Report on the Calcutta epizootic or cattle disease of 1864 in Calcutta and its neighbourhood
Year: 1864
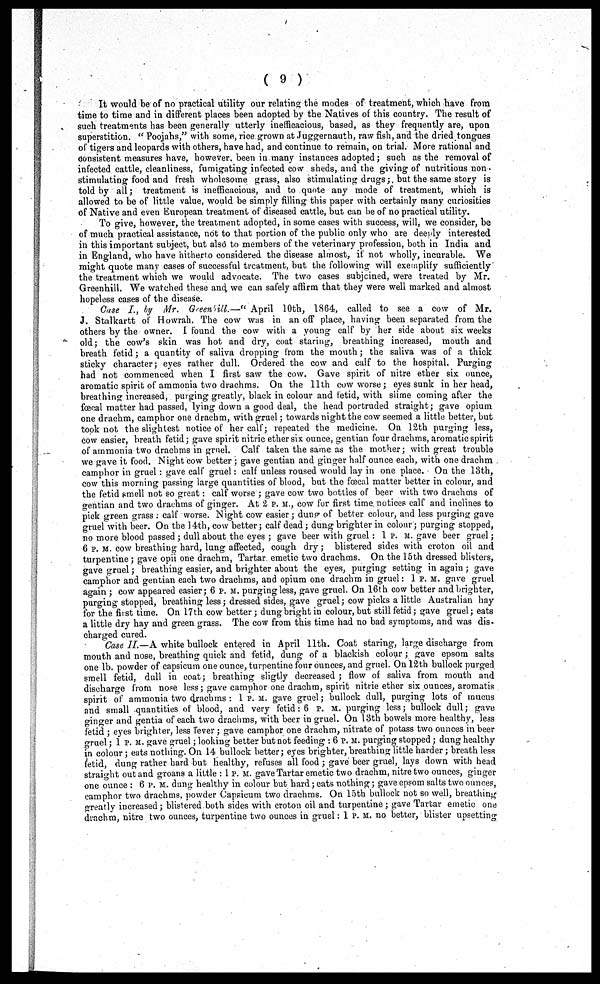
( 9 )
It would be of no practical utility our relating the modes of treatment, which have from
time to time and in different places been adopted by the Natives of this country. The result of
such treatments has been generally utterly inefficacious, based, as they frequently are, upon
superstition. " Poojahs," with some, rice grown at Juggernauth, raw fish, and the dried tongues
of tigers and leopards with others, have had, and continue to remain, on trial. More rational and
consistent measures have, however, been in many instances adopted; such as the removal of
infected cattle, cleanliness, fumigating infected cow sheds, and the giving of nutritious non-
stimulating food and fresh wholesome grass, also stimulating drugs; but the same story is
told by all; treatment is inefficacious, and to quote any mode of treatment, which is
allowed to be of little value, would be simply filling this paper with certainly many curiosities
of Native and even European treatment of diseased cattle, but can be of no practical utility.
To give, however, the treatment adopted, in some cases with success, will, we consider, be
of much practical assistance, not to that portion of the public only who are deeply interested
in this important subject, but also to members of the veterinary profession, both in India and
in England, who have hitherto considered the disease almost, if not wholly, incurable. We
might quote many cases of successful treatment, but the following will exemplify sufficiently
the treatment which we would advocate. The two cases subjoined, were treated by Mr.
Greenhill. We watched these and we can safely affirm that they were well marked and almost
hopeless cases of the disease.
Case I., by Mr. Greenhill.—" April 10th, 1864, called to see a cow of Mr.
J. Stalkartt of Howrah. The cow was in an off place, having been separated from the
others by the owner. I found the cow with a young calf by her side about six weeks
old; the cow's skin was hot and dry, coat staring, breathing increased, mouth and
breath fetid; a quantity of saliva dropping from the mouth; the saliva was of a thick
sticky character; eyes rather dull. Ordered the cow and calf to the hospital. Purging
had not commenced when I first saw the cow. Gave spirit of nitre ether six ounce,
aromatic spirit of ammonia two drachms. On the 11th cow worse; eyes sunk in her head,
breathing increased, purging greatly, black in colour and fetid, with slime coming after the
fœcal matter had passed, lying down a good deal, the head portruded straight; gave opium
one drachm, camphor one drachm, with gruel; towards night the cow seemed a little better, but
took not the slightest notice of her calf; repeated the medicine. On 12th purging less,
cow easier, breath fetid; gave spirit nitric ether six ounce, gentian four drachms, aromatic spirit
of ammonia two drachms in gruel. Calf taken the same as the mother; with great trouble
we gave it food. Night cow better ; gave gentian and ginger half ounce each, with one drachm
camphor in gruel : gave calf gruel: calf unless roused would lay in one place. On the 13th,
cow this morning passing large quantities of blood, but the fœcal matter better in colour, and
the fetid smell not so great: calf worse ; gave cow two bottles of beer with two drachms of
gentian and two drachms of ginger. At 2 P. M., cow for first time notices calf and inclines to
pick green grass calf worse. Night cow easier ; dung of better colour, and less purging gave
gruel with beer. On the 14th, cow better ; calf dead; dung brighter in colour ; purging stopped,
no more blood passed ; dull about the eyes ; gave beer with gruel : 1 P. M. gave beer gruel;
6 P. M. cow breathing hard, lung affected, cough dry; blistered sides with croton oil and
turpentine ; gave opii one drachm, Tartar emetic two drachms. On the 15th dressed blisters,
gave gruel; breathing easier, and brighter about the eyes, purging setting in again ; gave
camphor and gentian each two drachms, and opium one drachm in gruel: 1 P. M. gave gruel
again; cow appeared easier; 6 P. M. purging less, gave gruel. On 16th cow better and brighter,
purging stopped, breathing less; dressed sides, gave gruel; cow picks a little Australian hay
for the first time. On 17th cow better ; dung bright in colour, but still fetid; gave gruel; eats
a little dry hay and green grass. The cow from this time had no bad symptoms, and was dis-
charged cured.
Case II.—A white bullock entered in April 11th. Coat staring, large discharge from
mouth and nose, breathing quick and fetid, dung of a blackish colour; gave epsom salts
one lb. powder of capsicum one ounce, turpentine four ounces, and gruel. On 12th bullock purged
smell fetid, dull in coat; breathing sligtly decreased ; flow of saliva from mouth and
discharge from nose less; gave camphor one drachm, spirit nitrie ether six ounces, aromatis
spirit of ammonia two drachms : 1 P.M. gave gruel; bullock dull, purging lots of mucus
and small quantities of blood, and very fetid: 6 P. M. purging less; bullock dull; gave
ginger and gentia of each two drachms, with beer in gruel. On 13th bowels more healthy, less
fetid ; eyes brighter, less fever; gave camphor one drachm, nitrate of potass two ounces in beer
gruel; 1 P. M. gave gruel; looking better but not feeding : 6 P. M. purging stopped; dung healthy
in colour ; eats nothing. On 14 bullock better ; eyes brighter, breathing little harder ; breath less
fetid, dung rather hard but healthy, refuses all food ; gave beer gruel, lays down with head
straight out and groans a little : 1 P. M. gave Tartar emetic two drachm, nitre two ounces, ginger
one ounce : 6 P. M. dung healthy in colour but hard; eats nothing; gave epsom salts two ounces,
camphor two drachms, powder Capsicum two drachms. On loth bullock not so well, breathing
greatly increased; blistered both sides with croton oil and turpentine; gave Tartar emetic one
drachm, nitre two ounces, turpentine two ounces in gruel: 1 P. M. no better, blister upsetting